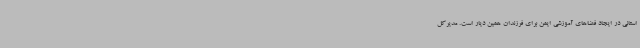
استانی در ایجاد فضاهای آموزشی ایمن برای فرزندان همین دیار است. مدیرکل